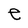
Character: e